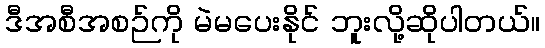
ဒီအစီအစဉ်ကို မဲမပေးနိုင် ဘူးလို့ဆိုပါတယ်။